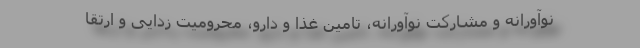
نوآورانه و مشارکت نوآورانه، تامین غذا و دارو، محرومیت زدایی و ارتقا